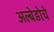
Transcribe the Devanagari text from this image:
अल्बेडोचे